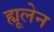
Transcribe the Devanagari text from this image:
ह्यूलेन